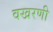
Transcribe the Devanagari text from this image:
वखरणी